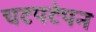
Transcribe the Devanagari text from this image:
चटपटेपन